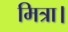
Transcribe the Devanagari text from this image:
मित्रा।